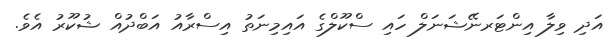
އަދި ވިލާ އިންޓަރނޭޝަނަލް ހައި ސްކޫލްގެ އައިމިނަތު އިސްރާއު އަބްދުއް ޝުކޫރު އެވެ.